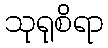
သုရုစိရာ